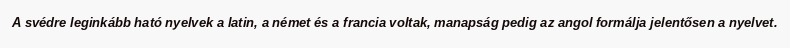
A svédre leginkább ható nyelvek a latin, a német és a francia voltak, manapság pedig az angol formálja jelentősen a nyelvet.